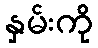
နှမ်းကို